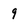
Character: 9